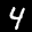
Label: 4